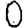
Digit: 0